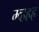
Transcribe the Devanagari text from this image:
म्व्हहह